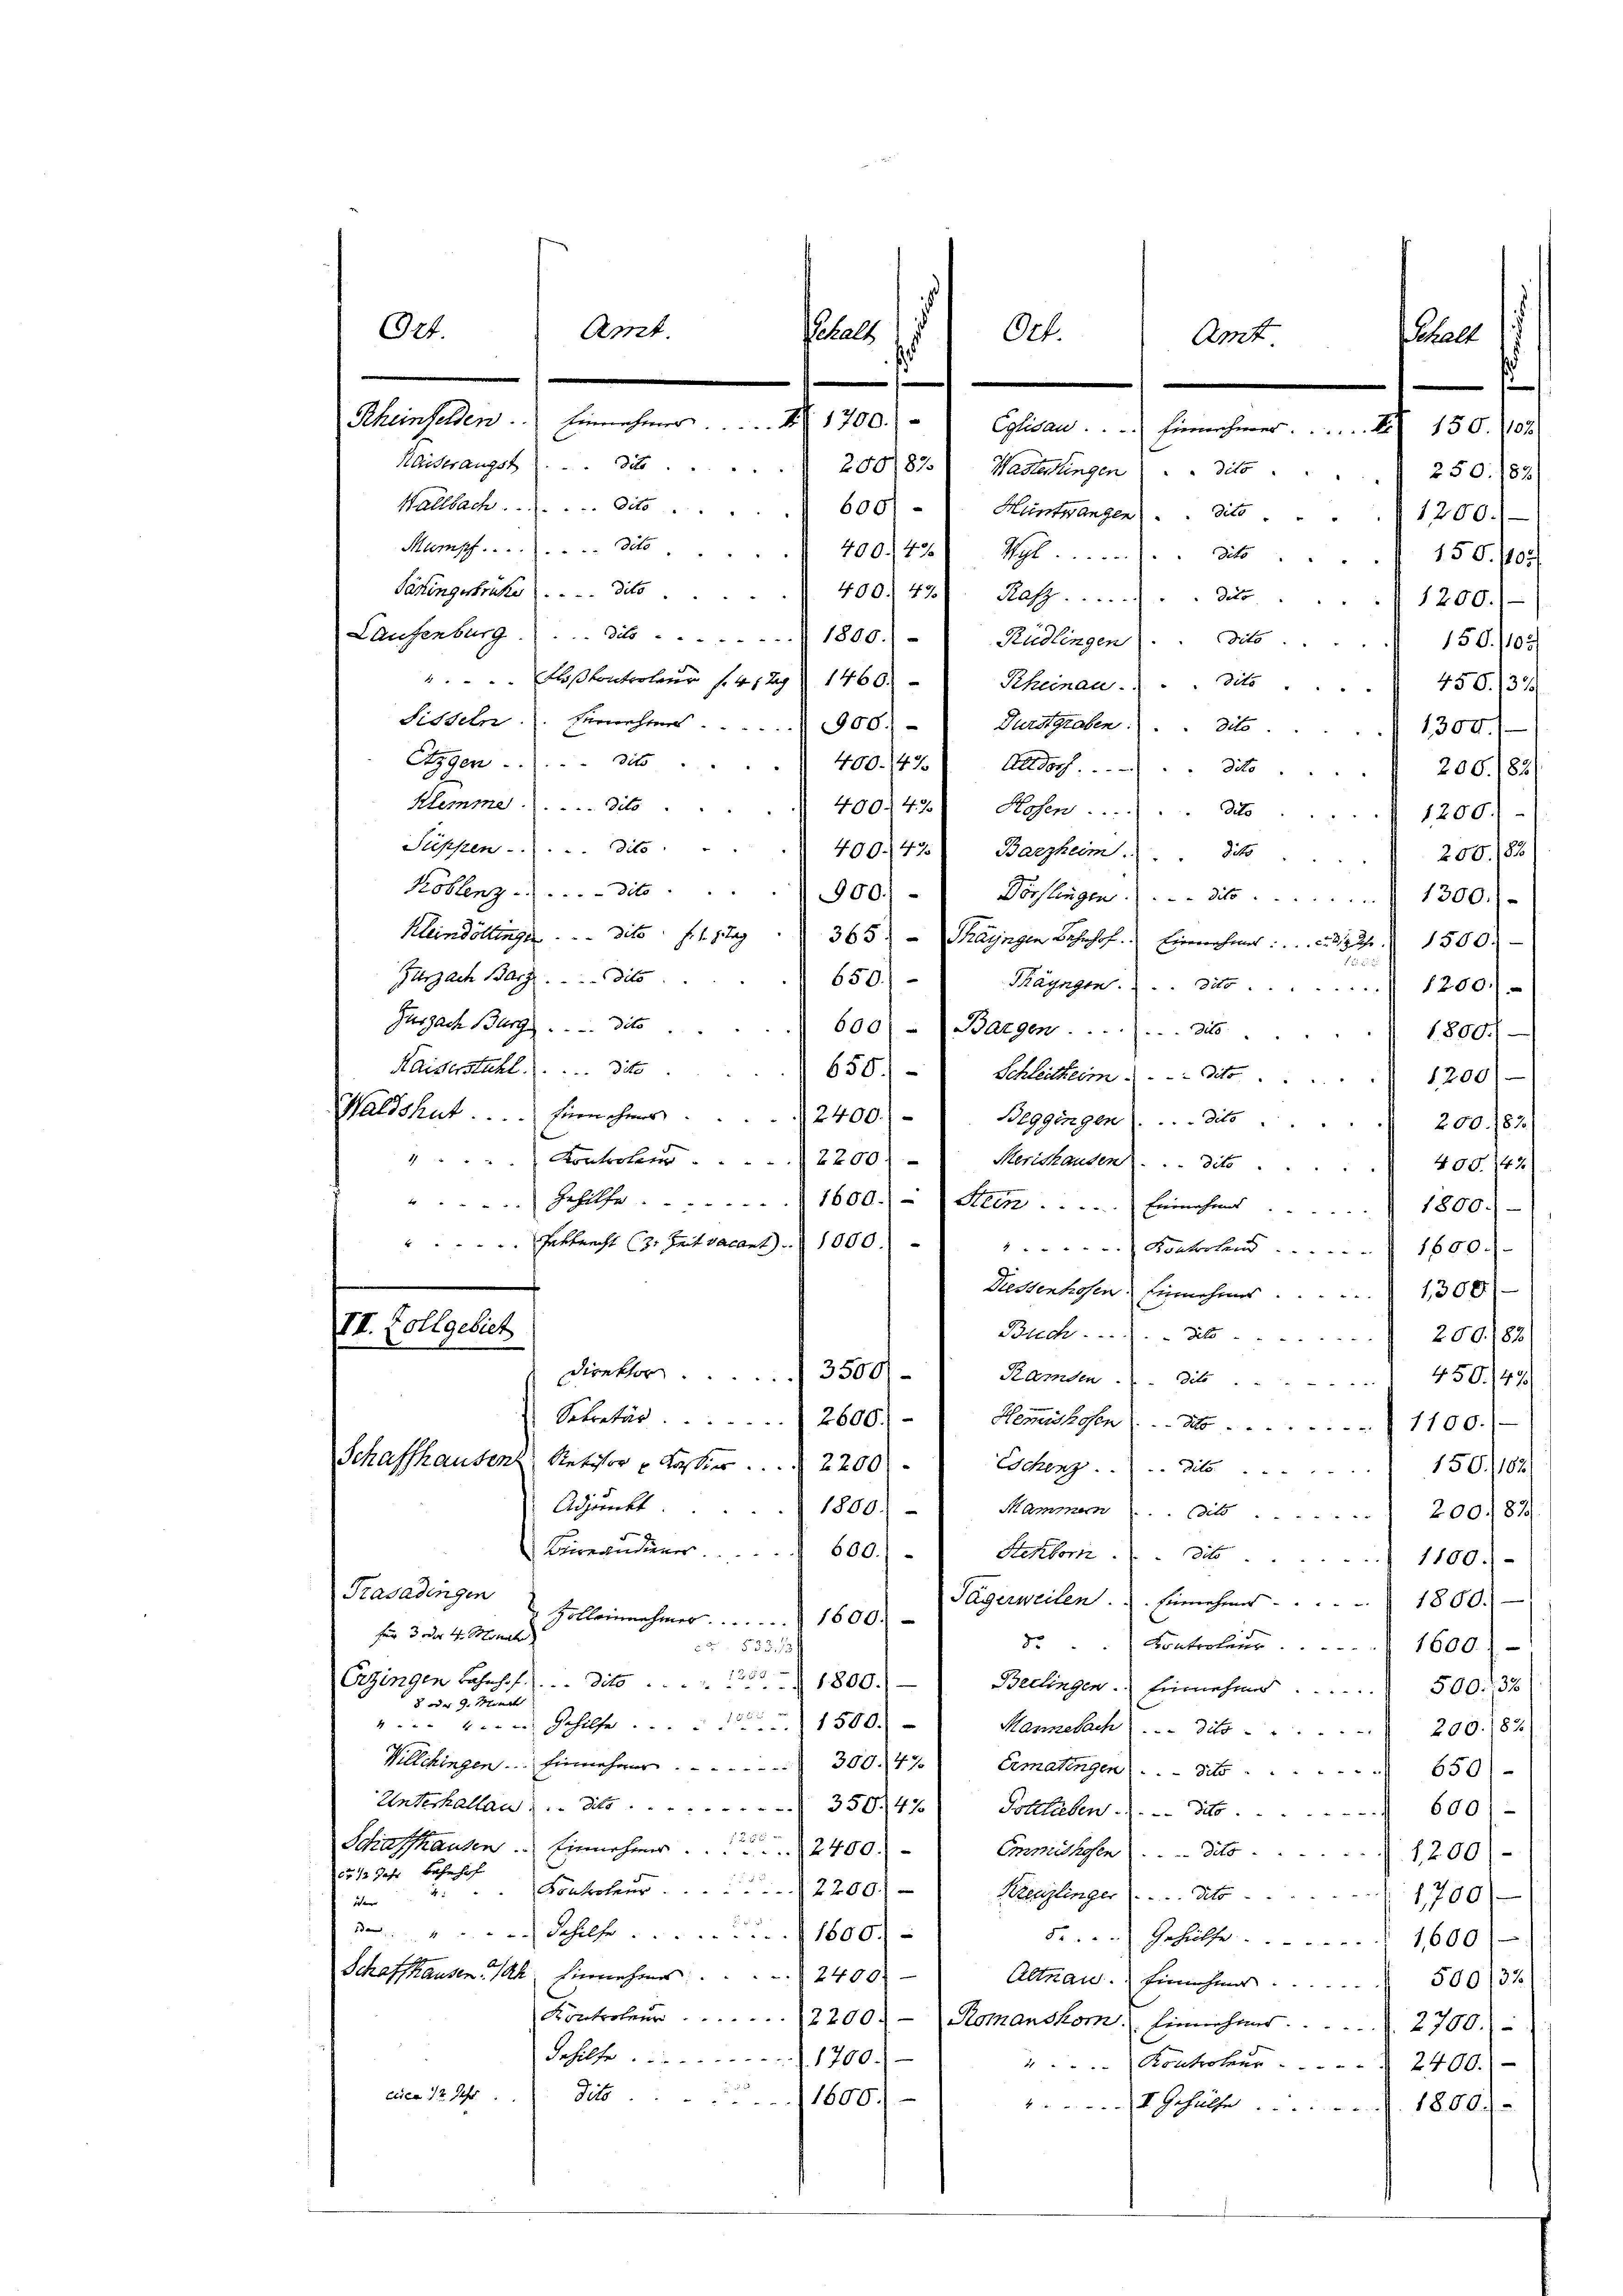
O24.

Amt.

Sitteln. Vernehmes ... 900. - Durstgraben:
21304.
Stygen . . . . dito
400. 47) Alldorf.
3 200. /82)
Klemme.  .. ...dito. 400. 42 Hosen ....
31200.
Suppen . . . . . Die 400. 42 Barzheim.). Sitz. 206 (82
Koblenz . . . . . . . . dato 900.)
Dörflingen.) . . . die 1300.-
Kleindöltinge. . . . . . . . . dato f. 1. 1365. - Thayngen Bahnhof. Einnahmes . . . . . 272. 1500.
s
Zurzach Barz . . . . . . . . . . dito.
650.
Mayngen.) . . dito. 1200
Zurzach Burg. Tite
 600) -) Bargen . . . . . . . . 31.
1800.
Kaiserstuhl. 650.   Schleithum . . . . dto. . . . .
1200)
Waldshut . . . . . . . . . .   Einnehmer                       2400. - Beggingen . . . . . . dito.
200. 183.
Kontroler 2200 Merithanden . . . dito.
 400. 742)
Fehilfe 1600.) Sein  ..  .. ..   Einnahmt . . . . . . . . . 1800.
Petknecht (3. Zeit vacant . . 1000.
Kontortend 1800.-
Diesenhofen. Einnehmer 1300
VII. Zollgebiet
Buch.  ..  .. 3200./82.)
Direktor. 3500.-
Ramten dit 450. 49.
Sekretär. 2600)
Hemmnissen . . . 1100.)
Schaffhausen Revisor v. Kassier . . . . 2200. Eschenz  ..  .. Tit. 15064
Adjunkt
1800.
Mammern (cit. 200.87.
Bureaudiener              600.) " Rektoni  .         1100.).
Trasadingen
Tägerweilen. Einnehmes 1800.
 Zolleinnehmer 1800.
für 3. oder 4. Monate
d. Controler . . . . . . . . . . . . 1600
3 535. 13
Erzingen Bahnhof   . . . dito. 1800.)
Bellingen. Einnahme ....... 500. 37
8 oder J. Monats
" - " Gehilfe 1500.
Mannebach die ........ 200. 83.
Villchingen. Einnehmer . . . . . . . . . . . . . . . . . . . . 300. 47) Ermatingen  ..  ..   650
Unterhalten . . 350. 41) Sollaben. 1.- 3. 600
Schaffhausen. Einnehmer 2400.
Enmidthosen . . . dit 1200)
15 1/2 Jahr Bahnhof
Kontroleur. 22001
Kreuzlinger ... dto.
1,700
der
3.  "         "  Schilfe 1600.
5...... Gehülfe 1600 f
Schaffhausen Ah. Einnehmes 2400
Altnau. Einnahme  .. ... 500/32
Kontroleur          2200. - Romanskom Finnehans . . . . . . 2700.)
dehilfe 1700.
Kontroler 2400.)
eien 12 Jahr
dito. 1600)
I Gehülfe. 1800.

Subalt
O0f.
Amt.
Rheinfelden. Einnehmer . . . . . . . . 1700.) " " Eglisau  ..  .. Einnahmer.  ..  ..  .  150. 1102.
Kaiserangst die 200/82.) Walterlingen (dito.
Waltbach.  ..  .. ..  Dito 600   Hüntwangen . . dite 1200.
Mumpf . . . . . . . . . . . dto. 400. 43) Vgl.  .. ..
dito
Patiengestrike  .. . . . die 400. 47) Kasp.. ...
Laufenburg. (...die . . . . 1800.)
dits . . .
Rüdlingen
Floßkontorteur f. 4129 l. 1460
Rheinau
dit. 456./33

s

s
250. /82/
150. 700
du 1200. 1
150. 1103/

halt